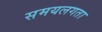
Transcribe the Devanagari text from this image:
समयलगता